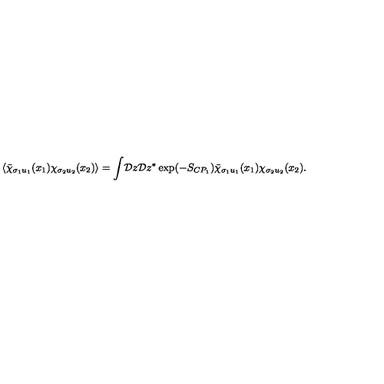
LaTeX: \langle \bar { \chi } _ { \sigma _ { 1 } u _ { 1 } } ( x _ { 1 } ) \chi _ { \sigma _ { 2 } u _ { 2 } } ( x _ { 2 } ) \rangle = \int \! { \cal D } z { \cal D } z ^ { * } \exp ( - S _ { C P _ { 1 } } ) \bar { \chi } _ { \sigma _ { 1 } u _ { 1 } } ( x _ { 1 } ) \chi _ { \sigma _ { 2 } u _ { 2 } } ( x _ { 2 } ) .